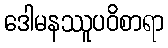
ဒေါမနဿူပဝိစာရာ